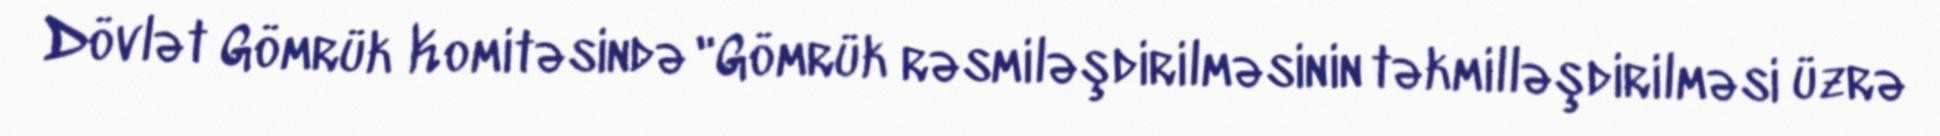
Dövlət Gömrük Komitəsində "Gömrük rəsmiləşdirilməsinin təkmilləşdirilməsi üzrə